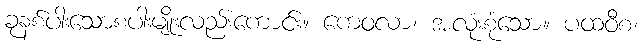
ခုနစ်ပါးသောစပါးမျိုးလည်းကောင်း။ ကေဝလာ၊ အလုံးစုံသော။ ပထဝီစ၊